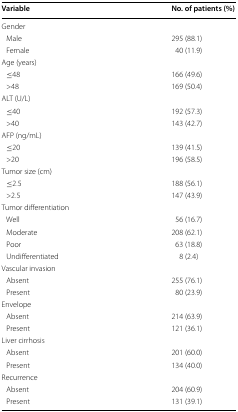
| Variable | No. of patients (%) |
 | --- | --- |
 | <COLSPAN=2> Gender |
 | Male | 295 (88.1) |
 | Female | 40 (11.9) |
 | <COLSPAN=2> Age (years) |
 | ≤48 | 166 (49.6) |
 | >48 | 169 (50.4) |
 | <COLSPAN=2> ALT (U/L) |
 | ≤40 | 192 (57.3) |
 | >40 | 143 (42.7) |
 | <COLSPAN=2> AFP (ng/mL) |
 | ≤20 | 139 (41.5) |
 | >20 | 196 (58.5) |
 | <COLSPAN=2> Tumor size (cm) |
 | ≤2.5 | 188 (56.1) |
 | >2.5 | 147 (43.9) |
 | <COLSPAN=2> Tumor differentiation |
 | Well | 56 (16.7) |
 | Moderate | 208 (62.1) |
 | Poor | 63 (18.8) |
 | Undifferentiated | 8 (2.4) |
 | <COLSPAN=2> Vascular invasion |
 | Absent | 255 (76.1) |
 | Present | 80 (23.9) |
 | <COLSPAN=2> Envelope |
 | Absent | 214 (63.9) |
 | Present | 121 (36.1) |
 | <COLSPAN=2> Liver cirrhosis |
 | Absent | 201 (60.0) |
 | Present | 134 (40.0) |
 | <COLSPAN=2> Recurrence |
 | Absent | 204 (60.9) |
 | Present | 131 (39.1) |